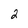
Character: 2